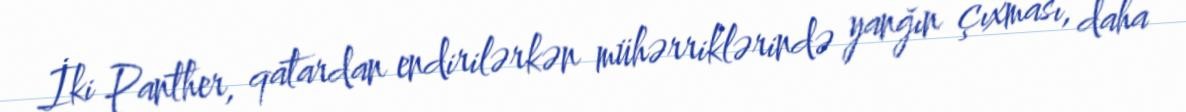
İki Panther, qatardan endirilərkən mühərriklərində yanğın çıxması, daha